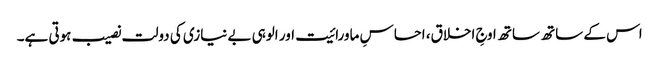
اس کے ساتھ ساتھ اوجِ اخلاق، احساسِ ماورائیت اور الوہی بے نیازی کی دولت نصیب ہوتی ہے۔